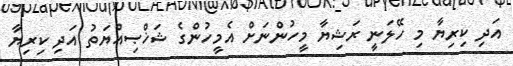
އަދި ކިރިޔާ މި ހޭލަނީ ރަޝިޔާ މީހުންނަށް އެމީހުންގެ ޝަޚްޞިއްޔަތު އަދި ކިރިޔާ